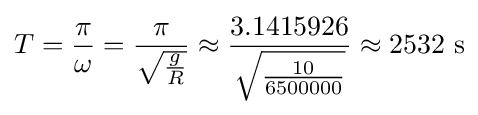
T={\frac {\pi }{\omega }}={\frac {\pi }{\sqrt {\frac {g}{R}}}}\approx {\frac {3.1415926}{\sqrt {\frac {10}{6500000}}}}\approx 2532{\text{ s}}